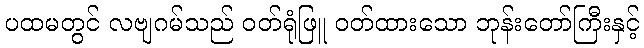
ပထမတွင် လဗျဂမ်သည် ဝတ်ရုံဖြူ ဝတ်ထားသော ဘုန်းတော်ကြီးနှင့်